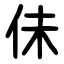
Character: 佅